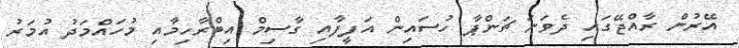
އޭރުން ރާއްޖޭގައި ދެވަނަ ޗަންޕާ ހުސައިން އަފީފާއި ގާސިމް އިބްރާހިމާއި މުހައްމަދު އުމަރު